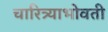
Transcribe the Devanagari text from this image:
चारित्र्याभोवती